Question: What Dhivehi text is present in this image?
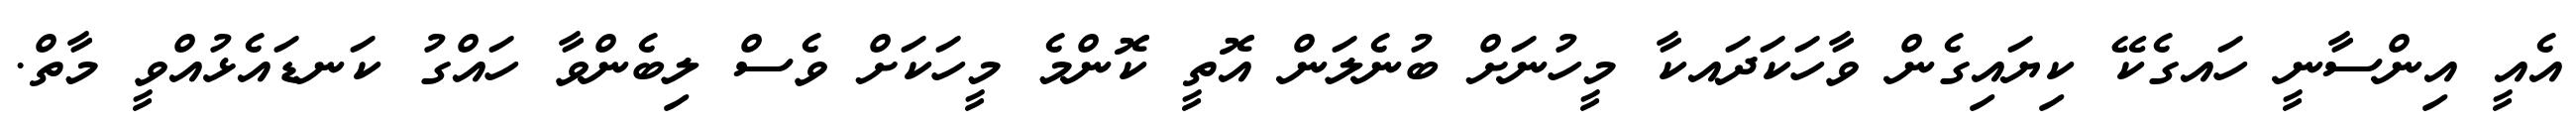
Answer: އެއީ އިންސާނީ ހައގެކޭ ކިޔައިގެން ވާހަކަދައކާ މީހުނަށް ބުނެލަން އޮތީ ކޮންމެ މީހަކަށް ވެސް ލިބެންވާ ހައްގު ކަނޑައެޅުއްވީ މާތް.